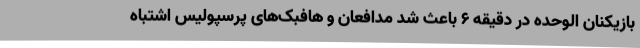
بازیکنان الوحده در دقیقه ۶ باعث شد مدافعان و هافبک‌های پرسپولیس اشتباه